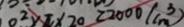
0 ^ { 2 } \times \pi \times 2 0 = 2 0 0 0 ( c m ^ { 3 } )